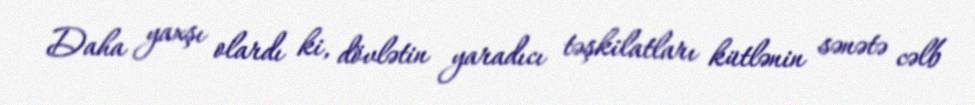
Daha yaxşı olardı ki, dövlətin yaradıcı təşkilatları kütlənin sənətə cəlb